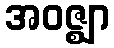
အဝဇ္ဈာ